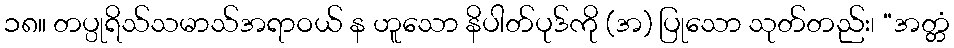
၁၈။ တပ္ပုရိသ်သမာသ်အရာဝယ် န ဟူသော နိပါတ်ပုဒ်ကို (အ) ပြုသော သုတ်တည်း၊ “အတ္တံ